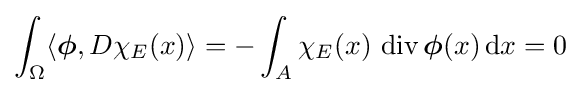
\int _{\Omega }\langle {\boldsymbol {\phi }},D\chi _{E}(x)\rangle =-\int _{A}\chi _{E}(x)\,\operatorname {div} {\boldsymbol {\phi }}(x)\,\mathrm {d} x=0